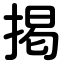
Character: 掲